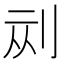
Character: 𱐘